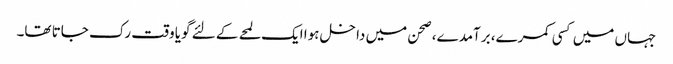
جہاں میں کسی کمرے، برآمدے، صحن میں داخل ہوا ایک لمحے کے لئے گویا وقت رک جاتا تھا۔